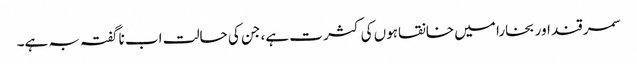
سمر قند اور بخارا میں خانقاہوں کی کثر ت ہے، جن کی حالت اب ناگفتہ بہ ہے۔